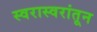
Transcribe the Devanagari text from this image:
स्वरास्वरांतून